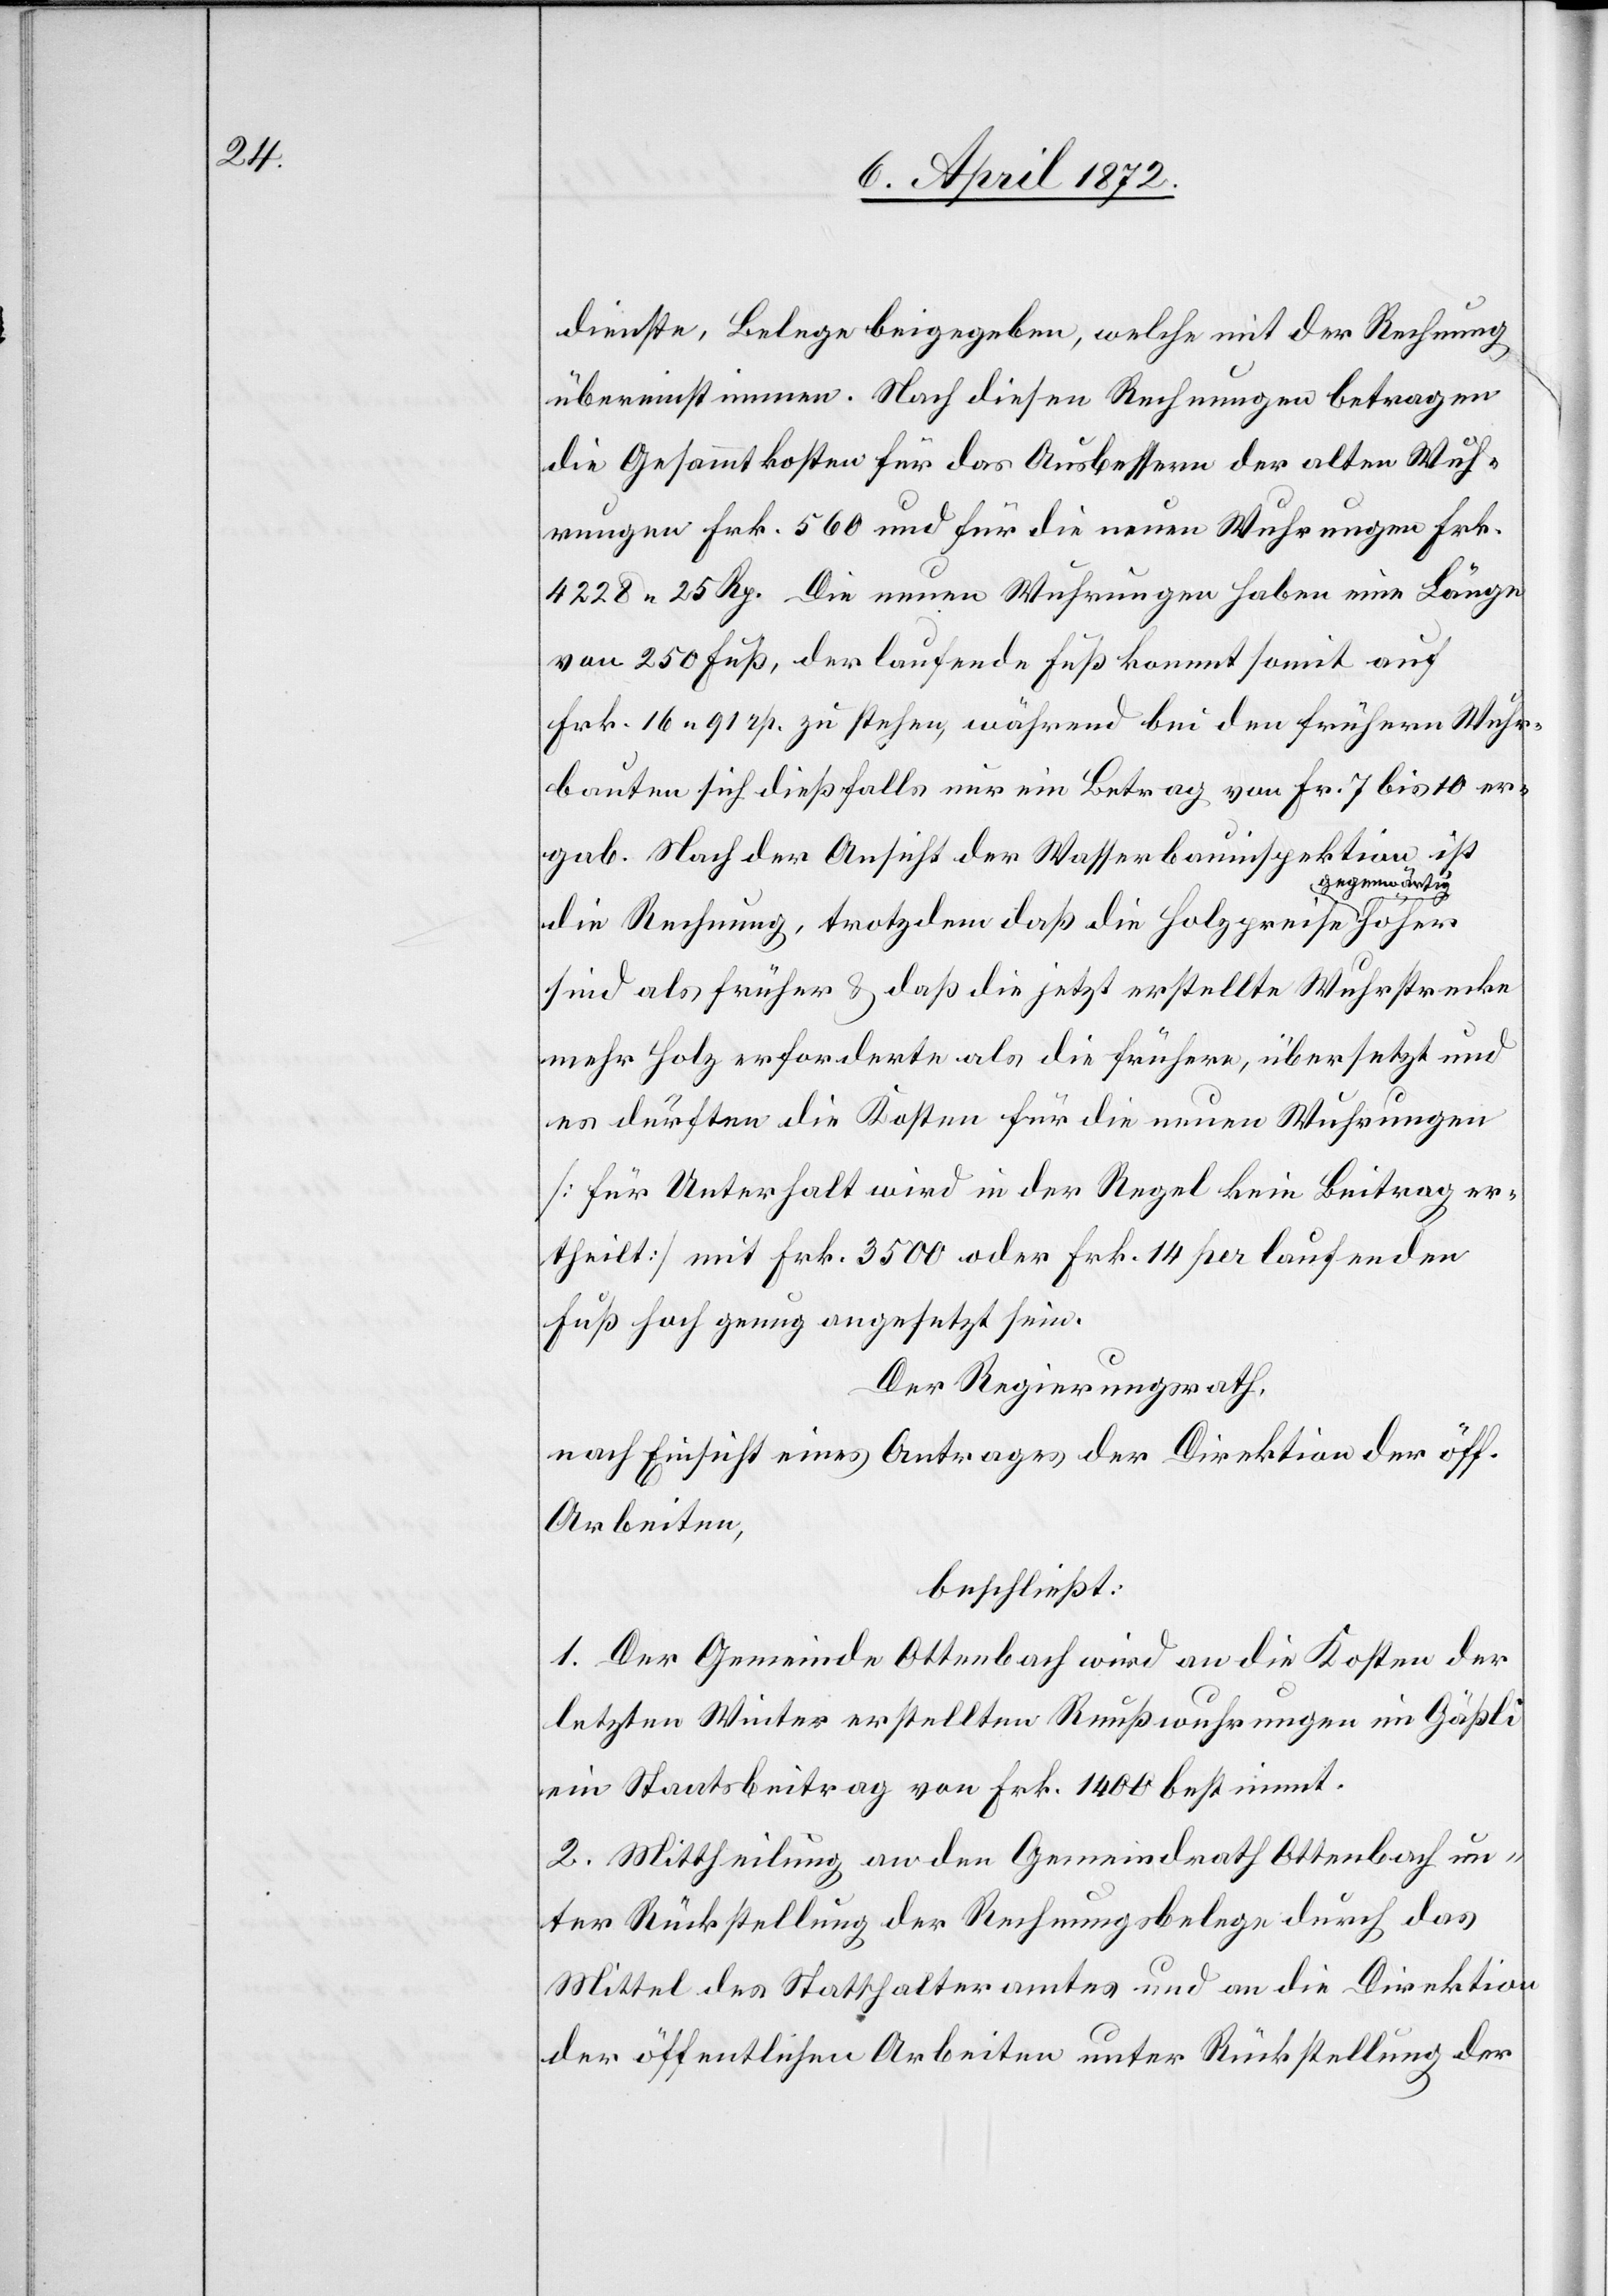
dienste, Belege beigegeben, welche mit der Rechnung
übereinstimmen. Nach diesen Rechnungen betragen
die Gesammtkosten für das Ausbessern der alten Wuh¬
rungen Frk. 560 und für die neuen Wuhrungen Frk.
4228,25 Rp. Die neuen Wuhrungen haben eine Länge
von 250 Fuß, der laufende Fuß kommt somit auf
Frk. 16,91 rp. zu stehen, während bei den frühern Wuhr¬
bauten sich dießfalls nur ein Betrag von Fr. 7 bis 10 er¬
gab. Nach der Ansicht der Wasserbauinspektion ist
gegenwärtig
die Rechnung, trotzdem daß die Holzpreise
sind als früher u. daß die jetzt erstellte Wuhrstrecke
mehr Holz erforderte als die frühere, übersetzt und
es dürften die Kosten für die neuen Wuhrungen
[für Unterhalt wird in der Regel kein Beitrag er¬
theilt] mit Frk. 3500 oder Frk. 14 per laufenden
Fuß hoch genug angesetzt sein.
Der Regierungsrath,
nach Einsicht eines Antrages der Direktion der öff.
Arbeiten,
beschließt:
1. Der Gemeinde Ottenbach wird an die Kosten der
letzten Winter erstellten Reußwuhrungen im Gäßli
ein Staatsbeitrag von Frk. 1400 bestimmt.
2. Mittheilung an den Gemeindrath Ottenbach un¬
ter Rückstellung der Rechnungsbelege durch das
Mittel des Statthalteramtes und an die Direktion
der öffentlichen Arbeiten unter Rückstellung der